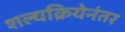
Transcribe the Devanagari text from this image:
शल्यक्रियेनंतर